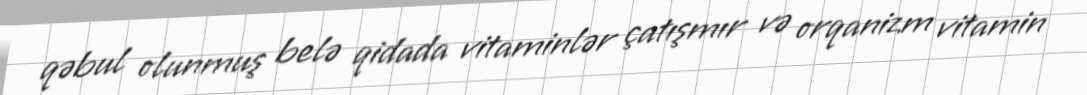
qəbul olunmuş belə qidada vitaminlər çatışmır və orqanizm vitamin